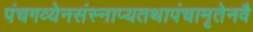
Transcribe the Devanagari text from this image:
पंचगव्येनसंस्नाप्यतथापंचामृतेनवै